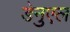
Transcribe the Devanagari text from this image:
डेनुएल